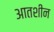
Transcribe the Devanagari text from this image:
आतशीन